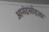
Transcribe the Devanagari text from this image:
आनंदसोहळा